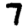
Digit: 7